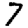
Digit: 7